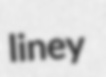
liney